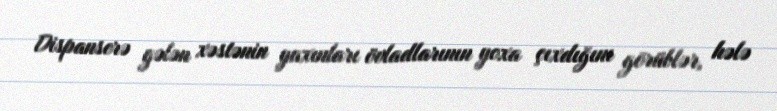
Dispanserə gələn xəstənin yaxınları övladlarının yoxa çıxdığını görüblər, hələ